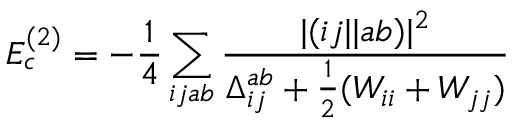
E _ { c } ^ { ( 2 ) } = - \frac { 1 } { 4 } \sum _ { i j a b } \frac { | ( i j | | a b ) | ^ { 2 } } { \Delta _ { i j } ^ { a b } + \frac { 1 } { 2 } ( W _ { i i } + W _ { j j } ) }